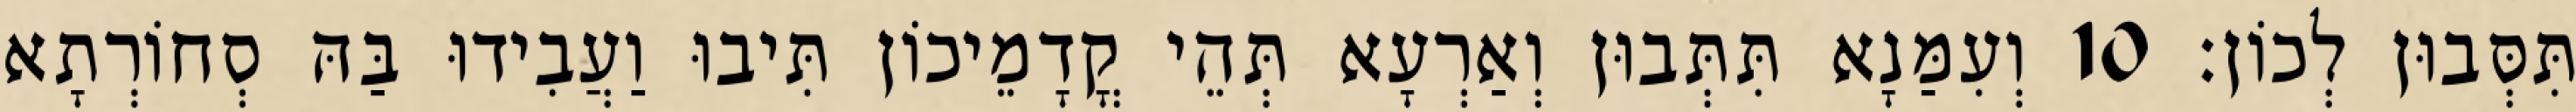
תִּסְּבוּן לְכוֹן׃ 10 וְעִמַּנָא תִּתְּבוּן וְאַרְעָא תְּהֵי קֳדָמֵיכוֹן תִּיבוּ וַעֲבִידוּ בַּהּ סְחוֹרְתָא